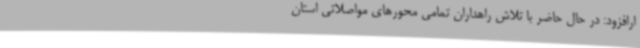
ارافزود: در حال حاضر با تلاش راهداران تمامی محورهای مواصلاتی استان